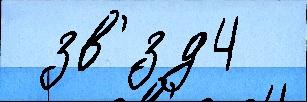
 зв'́зд4